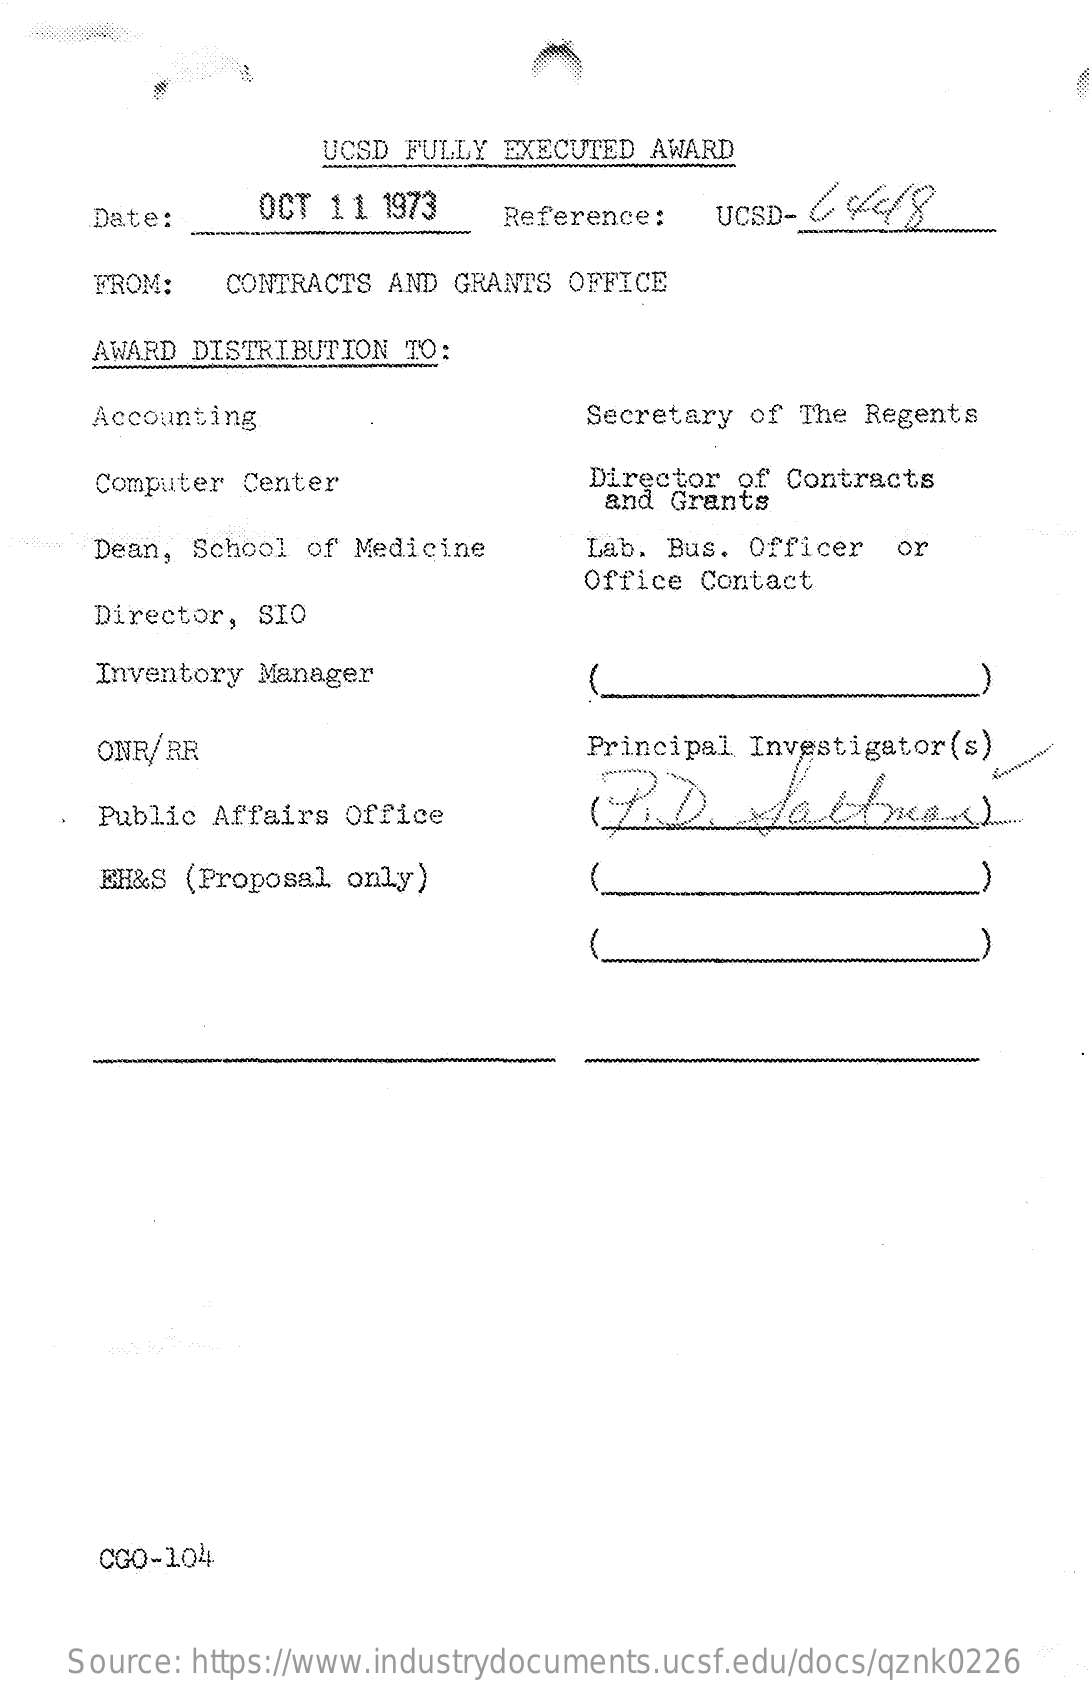
UCSD FULLY EXECUTED AWARD
     Date:    OCT 11  1973    Reference:   UCSD-
     FROM:   CONTRACTS AND GRANTS OFFICE
     AWARD DISTRIBUTION TO:
     Accounting    Secretary of The Regents
     Computer Center    Director of Contracts
     and Grants
     Dean, School of Medicine    Lab. Bus. Officer  or
     Office  Contact
     Director, SIO
     Inventory Manager
     ONR/RR    Principal Investigator (s)
     Public Affairs Office
     EH&S (Proposal only)
     CGO-104
     Source: https://www.industrydocuments.ucsf.edu/docs/qznk0226